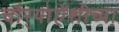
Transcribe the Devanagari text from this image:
चौर्‍याऐंशीच्या